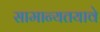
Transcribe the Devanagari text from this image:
सामान्यतयावे